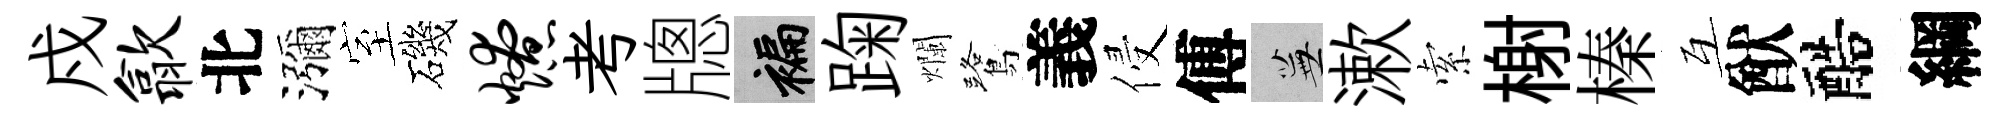
戍歙北瀰室磯燎考牕褊踘爛鷺義侵傅蕪漱索榭榛互猷醅綱